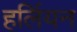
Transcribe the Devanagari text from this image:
हर्लियन